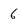
Character: 6